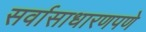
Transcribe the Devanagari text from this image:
सर्वासाधारणपणे